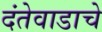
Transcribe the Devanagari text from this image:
दंतेवाडाचे